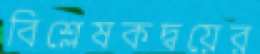
বিশ্লেষকদ্বয়ের